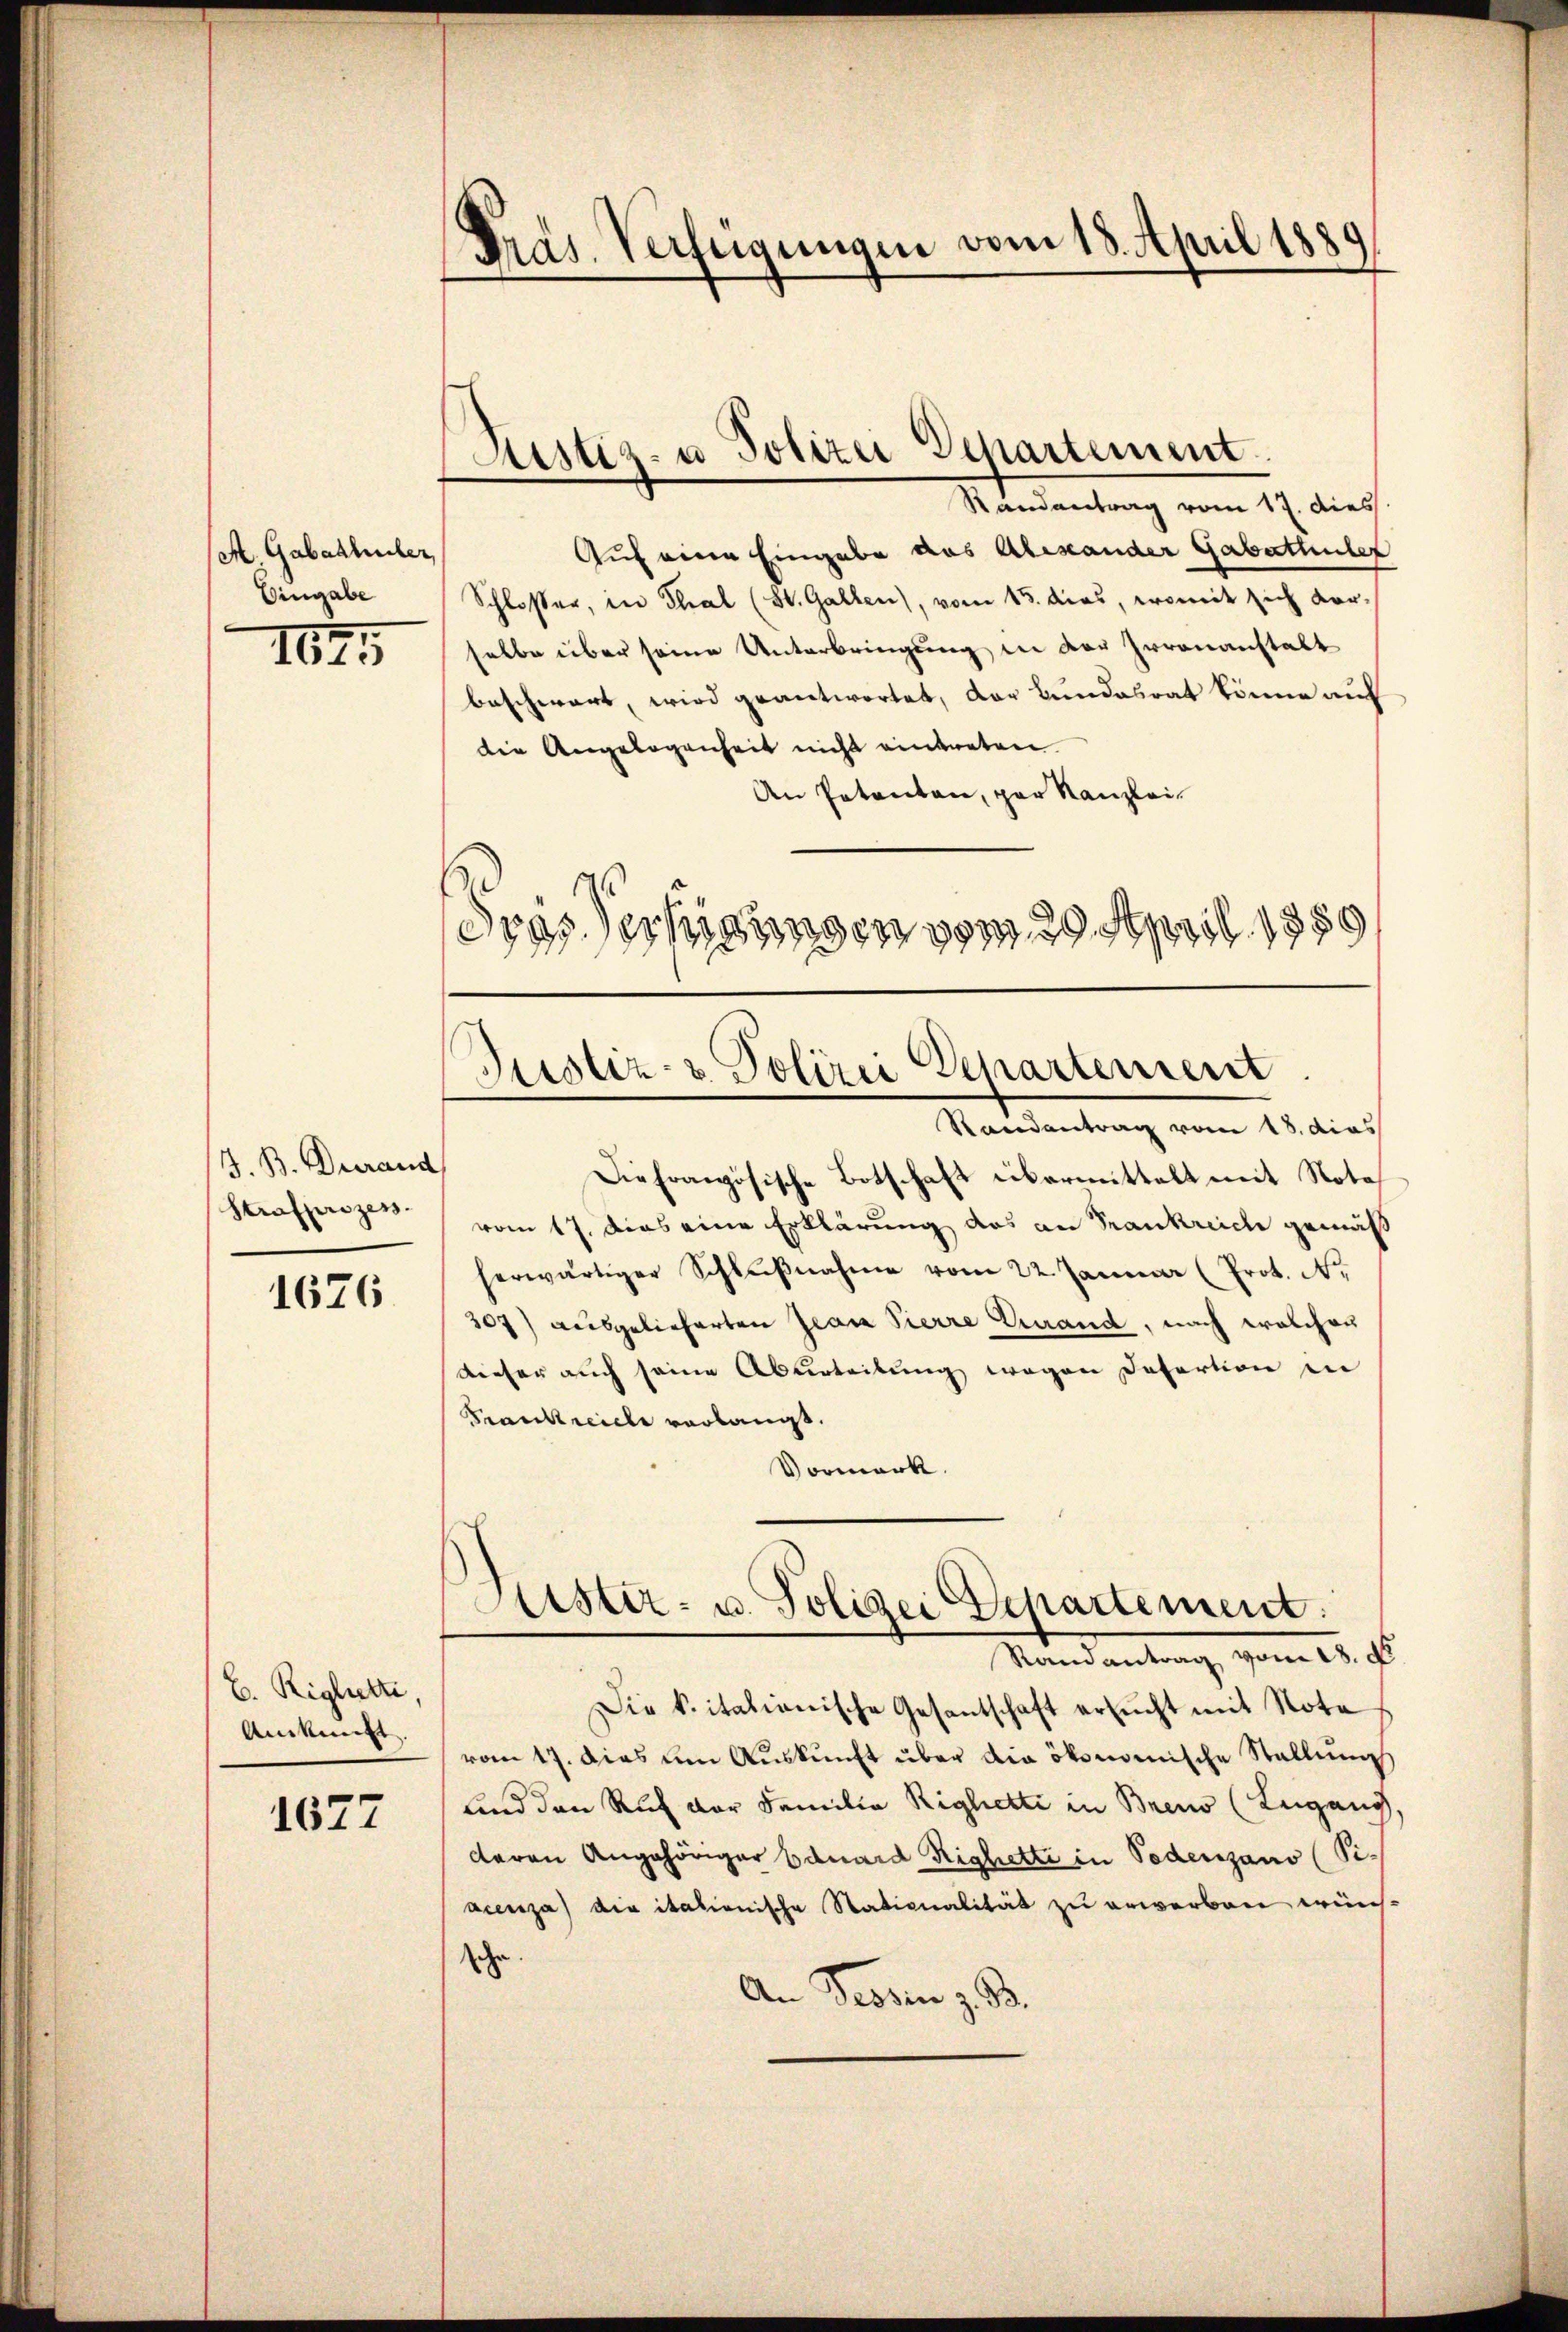
A. Gabathüler,
Eingabe

1825

J. B. Durand
Strafprozess

1676

E. Riglutti,
Ankunft.

1677

Dras. Verfügungen vom 18. April 1889.

Randantrag vom 17. dies
Auf eine Eingabe aus Alexander Gabattuler
Schlosser, in Thal (St. Gallen), vom 15. das, womit sich vorselbe über seine Unterbringung in der Irrenanstalt
beschwart, wird geantwortet, der Bundesrat könne auf
die Angelegenheit nicht eintreten.
An Patenten, par Kanzleis
¬
dres erhigungen vom 29. April 1889

Restiz- u Polizei Departement

Randantrag vom 18. dies
Die französische Botschaft übermittelt mit Notavom 17. dies eine Erklärung das an Frankreich gemäß
herwärtiger Schlŭβnahme vom 22. Januar (Prot. Nr.
307) ausgelieferten Jean Pierre Erwand, nach welcher
dieser auch seine Aburteilung wegen defertion in
Krankreiche vorlangt.
Vormerk.

Die kritationische Gesantschaft ersucht mit Nota
vom 17. Das um Aŭskŭnft über die ökonomische Stellung
lind den Ruf der Familia Righetti in Brens (Lugang,
deren Angehöriger Eduard Righetti in Podenzano (Sie
acenza die italionische Stationalität zu erwerben wün-
sche
An Tessin z. B.

Justiz- & Polizei Departement

Justiz- u. Polizei Departement.
Randantrag vom 18. d.